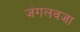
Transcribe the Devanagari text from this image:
जंगलवजा